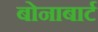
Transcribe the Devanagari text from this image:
बोनाबार्ट